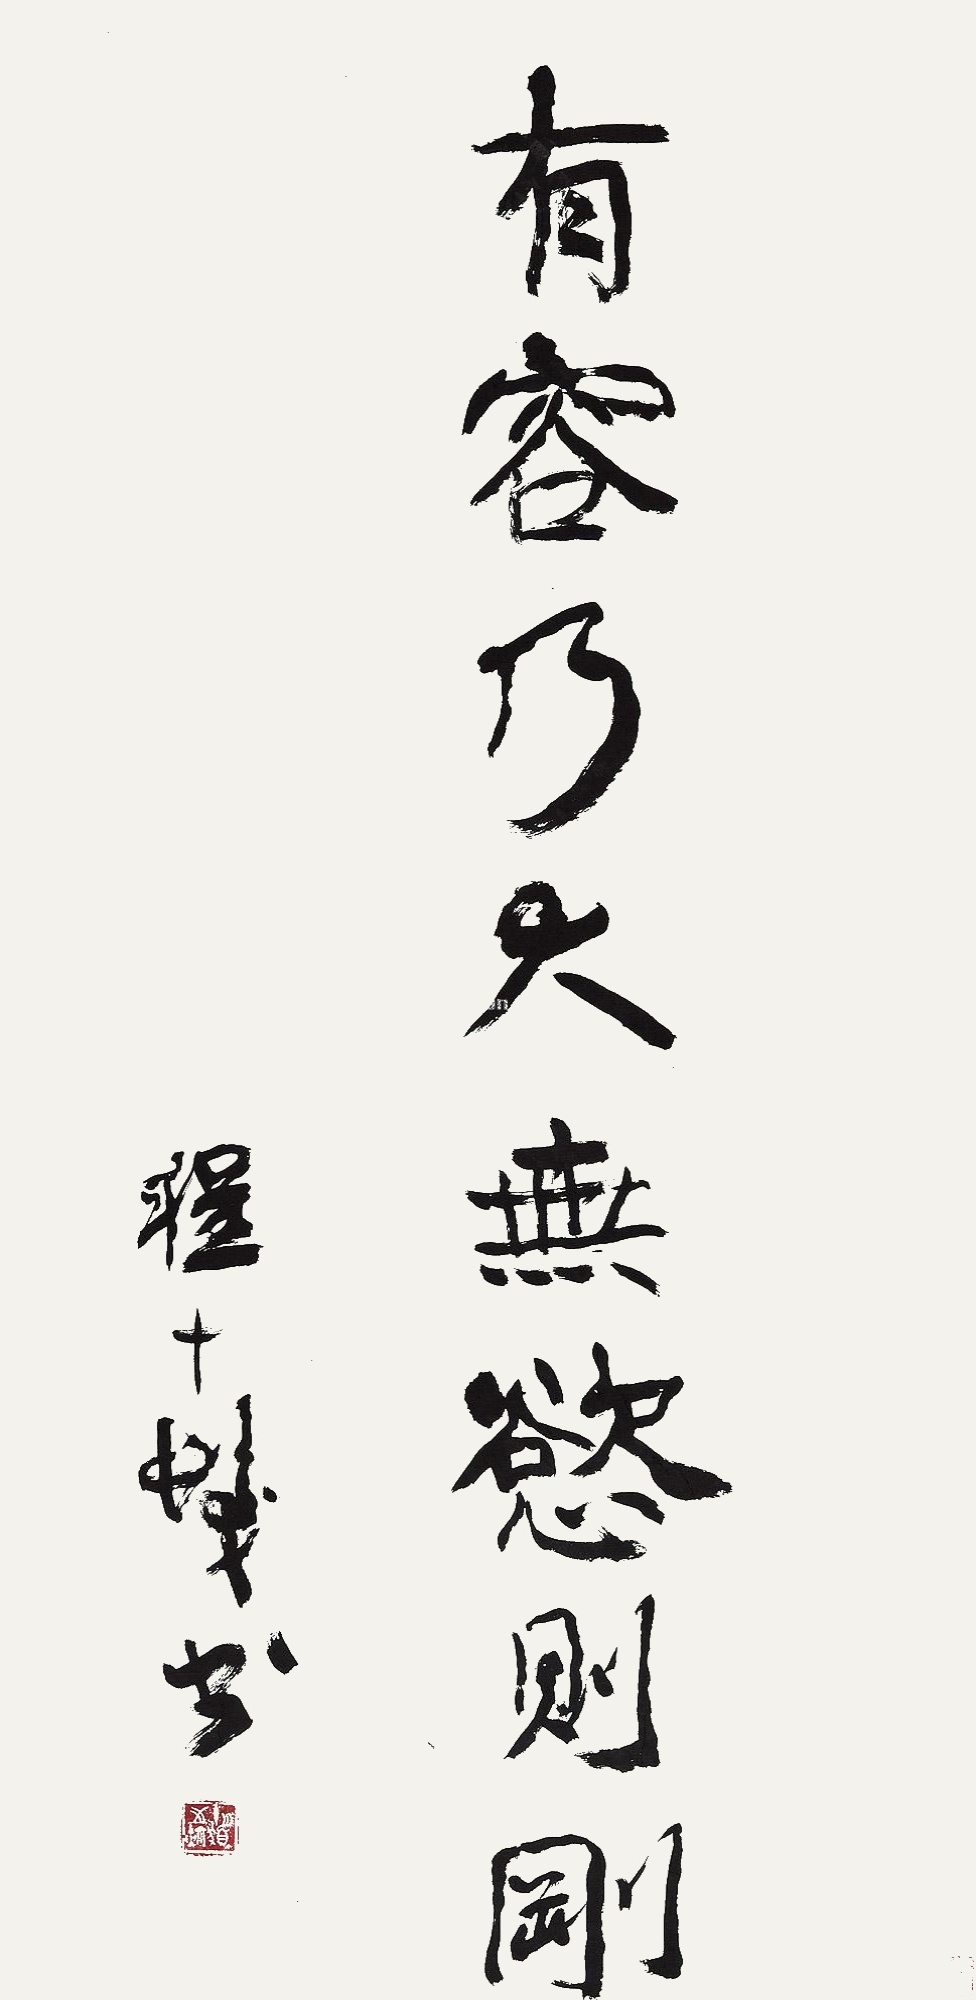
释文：有容乃大，无欲则刚。程十发书。